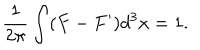
\frac { 1 } { 2 \pi } \int ( F - F ^ { \prime } ) d ^ { 3 } x = 1 .